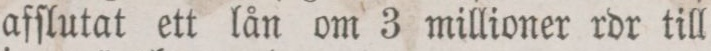
afſlutat ett lån om 3 millioner rdr till